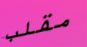
مقلب